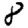
Digit: 8